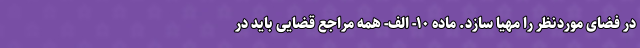
در فضای موردنظر را مهیا سازد. ماده ۱۰- الف- همه مراجع قضایی باید در